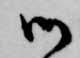
御